King Institute of Preventive Medicine Micro-Biological Section reports 1912-19
Year: 1912
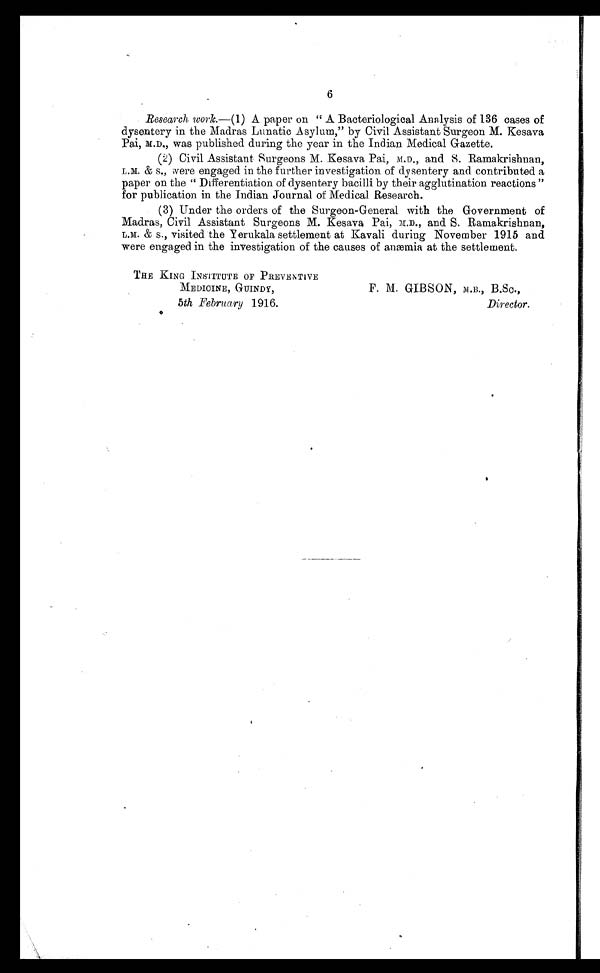
6
Research work .—(1) A paper on "A Bacteriological Analysis of 136 cases of
dysentery in the Madras Lunatic Asylum," by Civil Assistant Surgeon M. Kesava
Pai, M.D., was published during the year in the Indian Medical Gazette.
( 2 ) C i v i l A s s i s t a n t S u r g e o n s M . K e s a v a P a i , M . D . , a n d S . R a m a k r i s h n a n ,
L.M. & S., were engaged in the further investigation of dysentery and contributed a
paper on the "Differentiation of dysentery bacilli by their agglutination reactions"
for publication in the Indian Journal of Medical Research.
(3) Under the orders of the Surgeon-General with the Government of
Madras, Civil. Assistant Surgeons M. Kesava Pai, M.D., and S. Ramakrishnan,
L.M. & S., visited the Yerukala settlement at Kavali during November 1915 and
were engaged in the investigation of the causes of anæmia at the settlement.
THE KING INSTITUTE OF PREVENTIVE
MEDICINE, GUINDY,
5th February 1916.
F. M. GIBSON, M.B., B.Sc.,
Director.